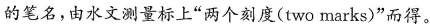
的笔名，由水文测量标上“两个刻度(two marks)”而得。